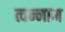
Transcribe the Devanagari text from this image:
त्वन्नाम